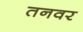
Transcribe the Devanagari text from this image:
तनवर